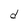
Character: d